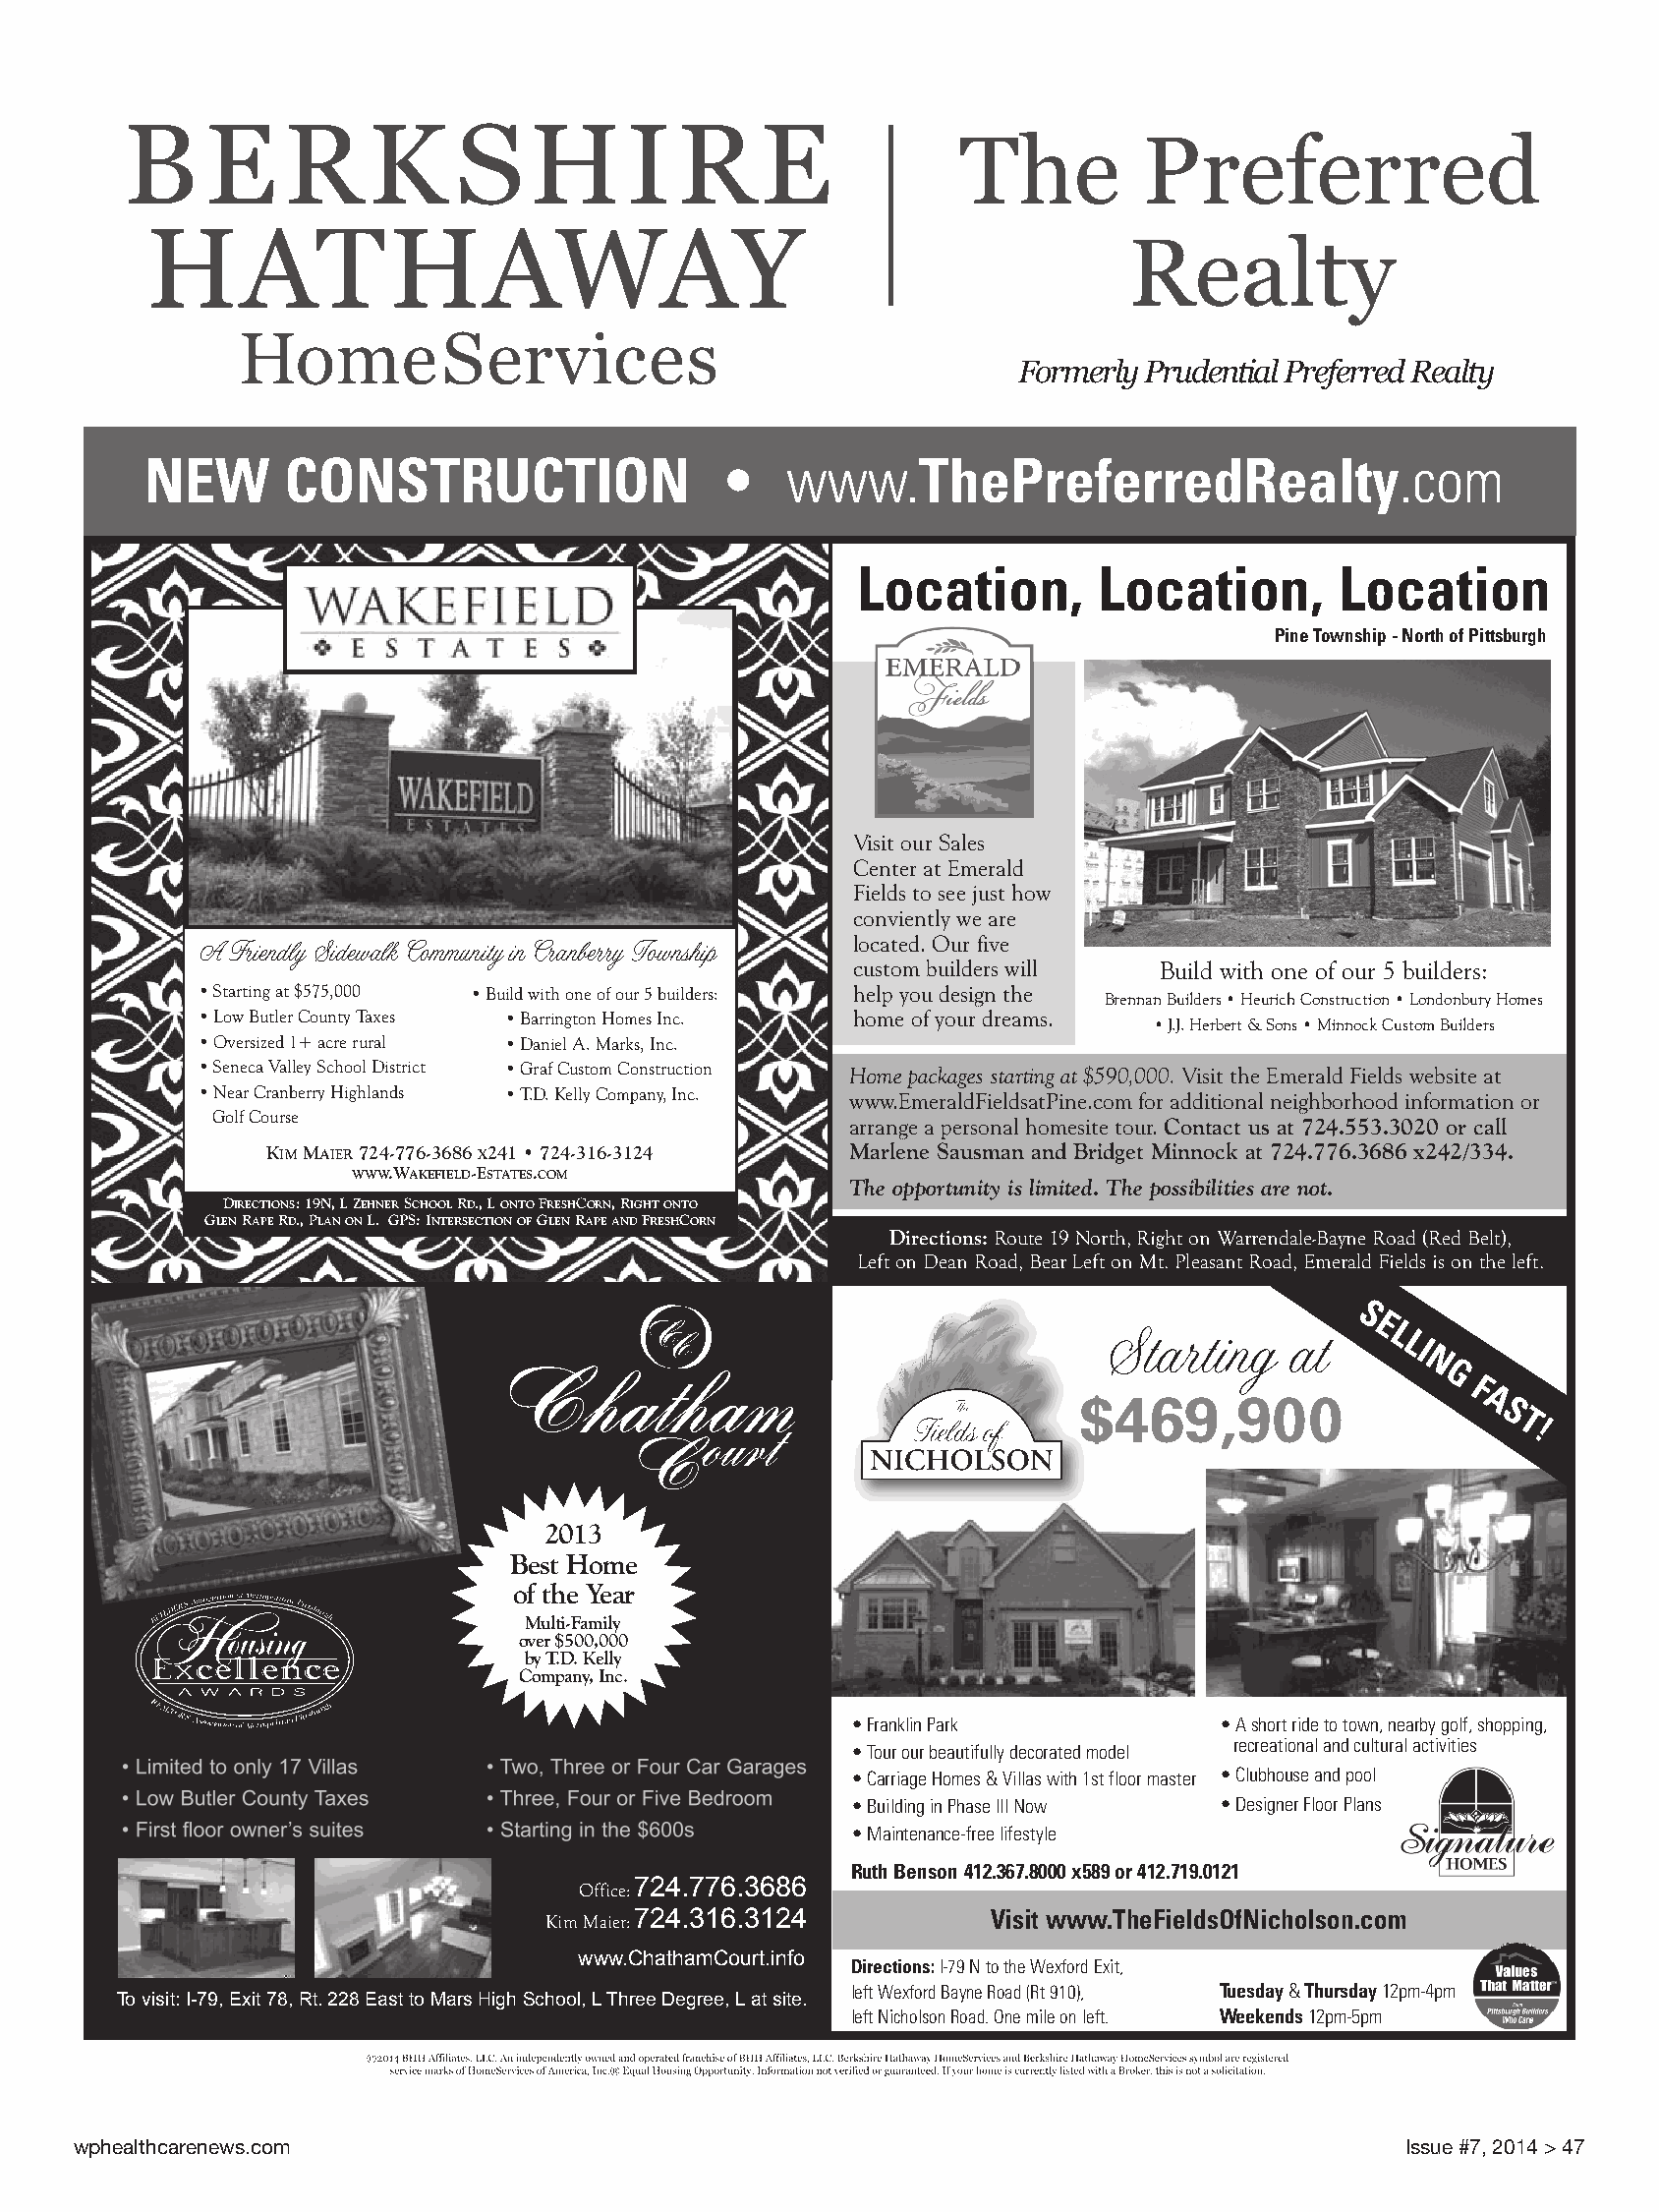
Formerly Prudential Preferred Realty
 NEW      CONSTRUCTION                 •    www.ThePreferredRealty.com
 Location,       Location,       Location
 Pine Township - North of Pittsburgh
 Visit our Sales
 Center at Emerald
 Fields to see just how
 conviently we are
 located. Our five
 A Friendly Sidewalk Community in Cranberry Township
 custom builders will Build with one of our 5 builders:
 • Starting at $575,000 • Build with one of our 5 builders: help you design the
 Brennan Builders • Heurich Construction • Londonbury Homes
 • Low Butler County Taxes • Barrington Homes Inc. home of your dreams.
 • J.J. Herbert & Sons • Minnock Custom Builders
 • Oversized 1+ acre rural • Daniel A. Marks, Inc.
 • Seneca Valley School District • Graf Custom Construction Home packages starting at $590,000. Visit the Emerald Fields website at
 • Near Cranberry Highlands • T.D. Kelly Company, Inc. www.EmeraldFieldsatPine.com for additional neighborhood information or
 Golf Course
 arrange a personal homesite tour. Contact us at 724.553.3020 or call
 KIMMAIER724-776-3686 X241 • 724-316-3124 Marlene Sausman and Bridget Minnock at 724.776.3686 x242/334.
 WWW.WAKEFIELD-ESTATES.COM
 The opportunity is limited. The possibilities are not.
 DIRECTIONS: 19N, L ZEHNERSCHOOLRD., L ONTOFRESHCORN, RIGHTONTO
 GLENRAPERD., PLANONL. GPS: INTERSECTIONOFGLENRAPEANDFRESHCORN
 Directions:Route19North,RightonWarrendale-BayneRoad(RedBelt),
 LeftonDeanRoad,BearLeftonMt.PleasantRoad,EmeraldFieldsisontheleft.
 S
 E
 Starting     at    L
 LI
 N
 G
 F
 $469,900                   A
 S
 T
 !
 2013
 Best Home
 of the Year
 Multi-Family
 over $500,000
 by T.D. Kelly
 Company, Inc.
 • Franklin Park          • A short ride to town, nearby golf, shopping,
 recreational and cultural activities
 • Tour our beautifully decorated model
 • Carriage Homes & Villas with 1st floor master • Clubhouse and pool
 • Building in Phase III Now • Designer Floor Plans
 • Maintenance-free lifestyle
 Ruth Benson 412.367.8000 x589 or 412.719.0121
 Office:724.776.3686
 KimMaier:724.316.3124        Visit www.TheFieldsOfNicholson.com
 www.ChathamCourt.info
 Directions:I-79 N to the Wexford Exit,
 left Wexford Bayne Road (Rt 910), Tuesday& Thursday12pm-4pm
 To visit: I-79, Exit 78, Rt. 228 East to Mars High School, L Three Degree, L at site.
 left Nicholson Road. One mile on left. Weekends12pm-5pm
 wphealthcarenews.com                                                                      Issue #7, 2014 > 47